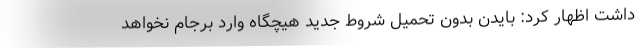
داشت اظهار کرد: بایدن بدون تحمیل شروط جدید هیچگاه وارد برجام نخواهد